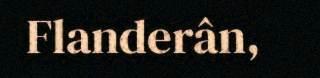
Flanderân,